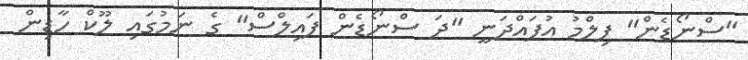
"ސްނޯޑެން" ފިލްމު އުފައްދަނީ "ދަ ސްނޯޑެން ފައިލްސް" ގެ ނަމުގައި ލޫކް ހާޑިން